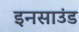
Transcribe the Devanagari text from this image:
इनसाउंड